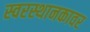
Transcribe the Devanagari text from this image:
स्वरस्थानकावर